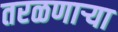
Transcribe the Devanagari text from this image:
तरळणाऱ्या